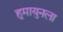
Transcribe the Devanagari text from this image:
हुमायुनला